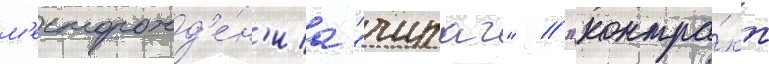
м'есторожд'е́н'иа "чираг" // "контра́кт